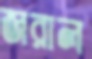
জরাল